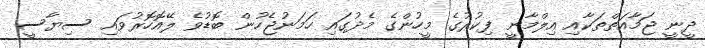
ދީނީ ޖަމާއަތްތަކާއި އިލްމާނީ ފިކުރުގެ މީހުންގެ މެދުގައި ހަމަނުޖެހުން ބޮޑުވެ ލޭއޮހޮރުވައި ސިޔާސީ